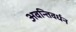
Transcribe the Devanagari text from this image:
अवन्तिवर्धन